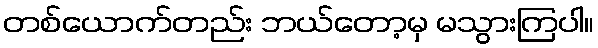
တစ်ယောက်တည်း ဘယ်တော့မှ မသွားကြပါ။